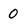
Character: 0